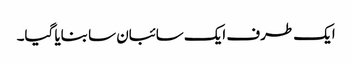
ایک طرف ایک سائبان سا بنایا گیا۔